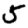
Digit: 5